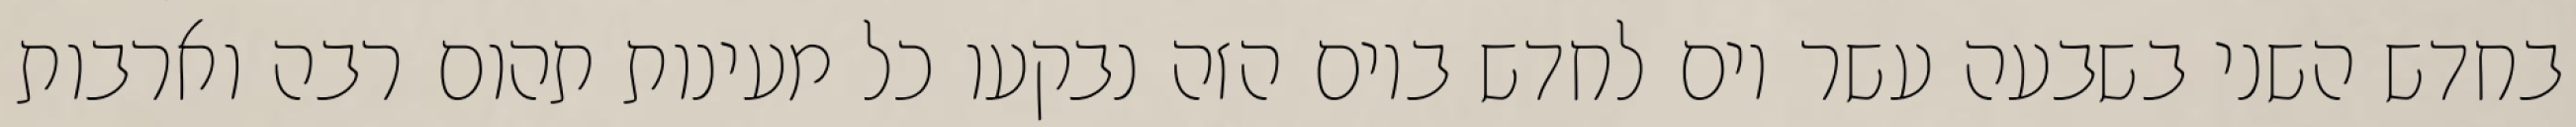
בחדש השני בשבעה עשר יום לחדש ביום הזה נבקעו כל מעינות תהום רבה וארבות